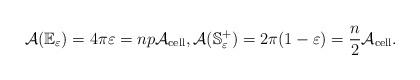
LaTeX: \begin{align*}\mathcal A(\mathbb E_{\varepsilon})=4\pi \varepsilon=n p \mathcal A_{\mathrm{cell}}, \mathcal A(\mathbb S_{\varepsilon}^{+})=2\pi(1-\varepsilon)=\frac n 2 \mathcal A_{\mathrm{cell}}.\end{align*}